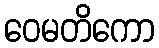
ဝေမတိကော